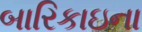
બારિકાઇના